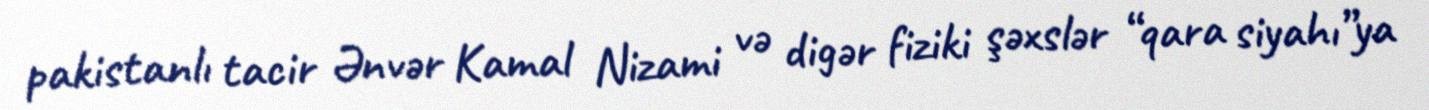
pakistanlı tacir Ənvər Kamal Nizami və digər fiziki şəxslər “qara siyahı”ya